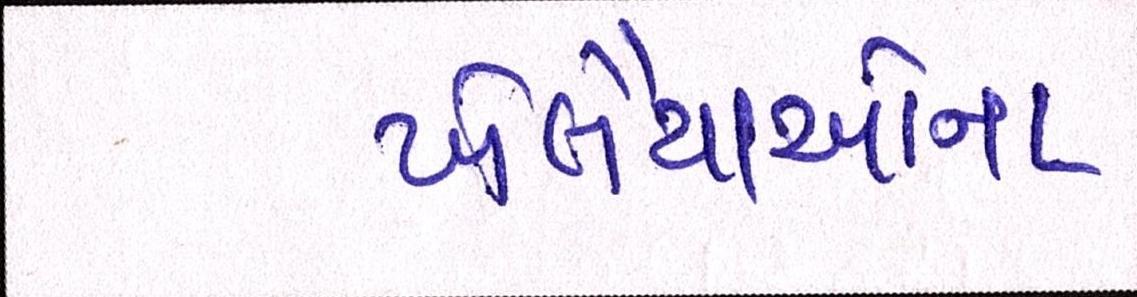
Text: ખેલૈયાઓના